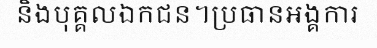
និងបុគ្គលឯកជន។ប្រធានអង្គការ